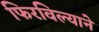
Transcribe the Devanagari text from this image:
फिरविल्याने